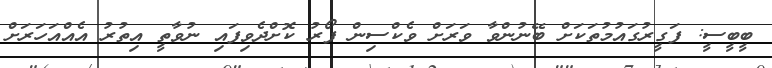
ބީބީސީ: ފަގީރުގައުމުތަކަށް ބޭނުންވާ ވަރަށް ވެކްސިން ފޯރު ކޮށްދެވިފައި ނުވާތީ އިތުރު އެއްއަހަރަށް